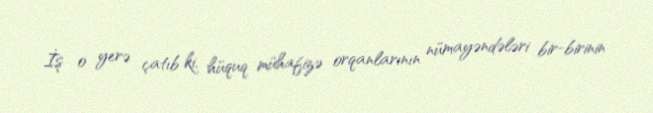
İş o yerə çatıb ki, hüquq mühafizə orqanlarının nümayəndələri bir-birinin